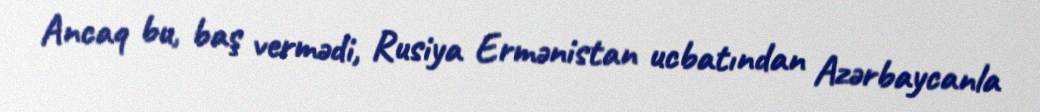
Ancaq bu, baş vermədi, Rusiya Ermənistan ucbatından Azərbaycanla